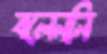
বলেননি